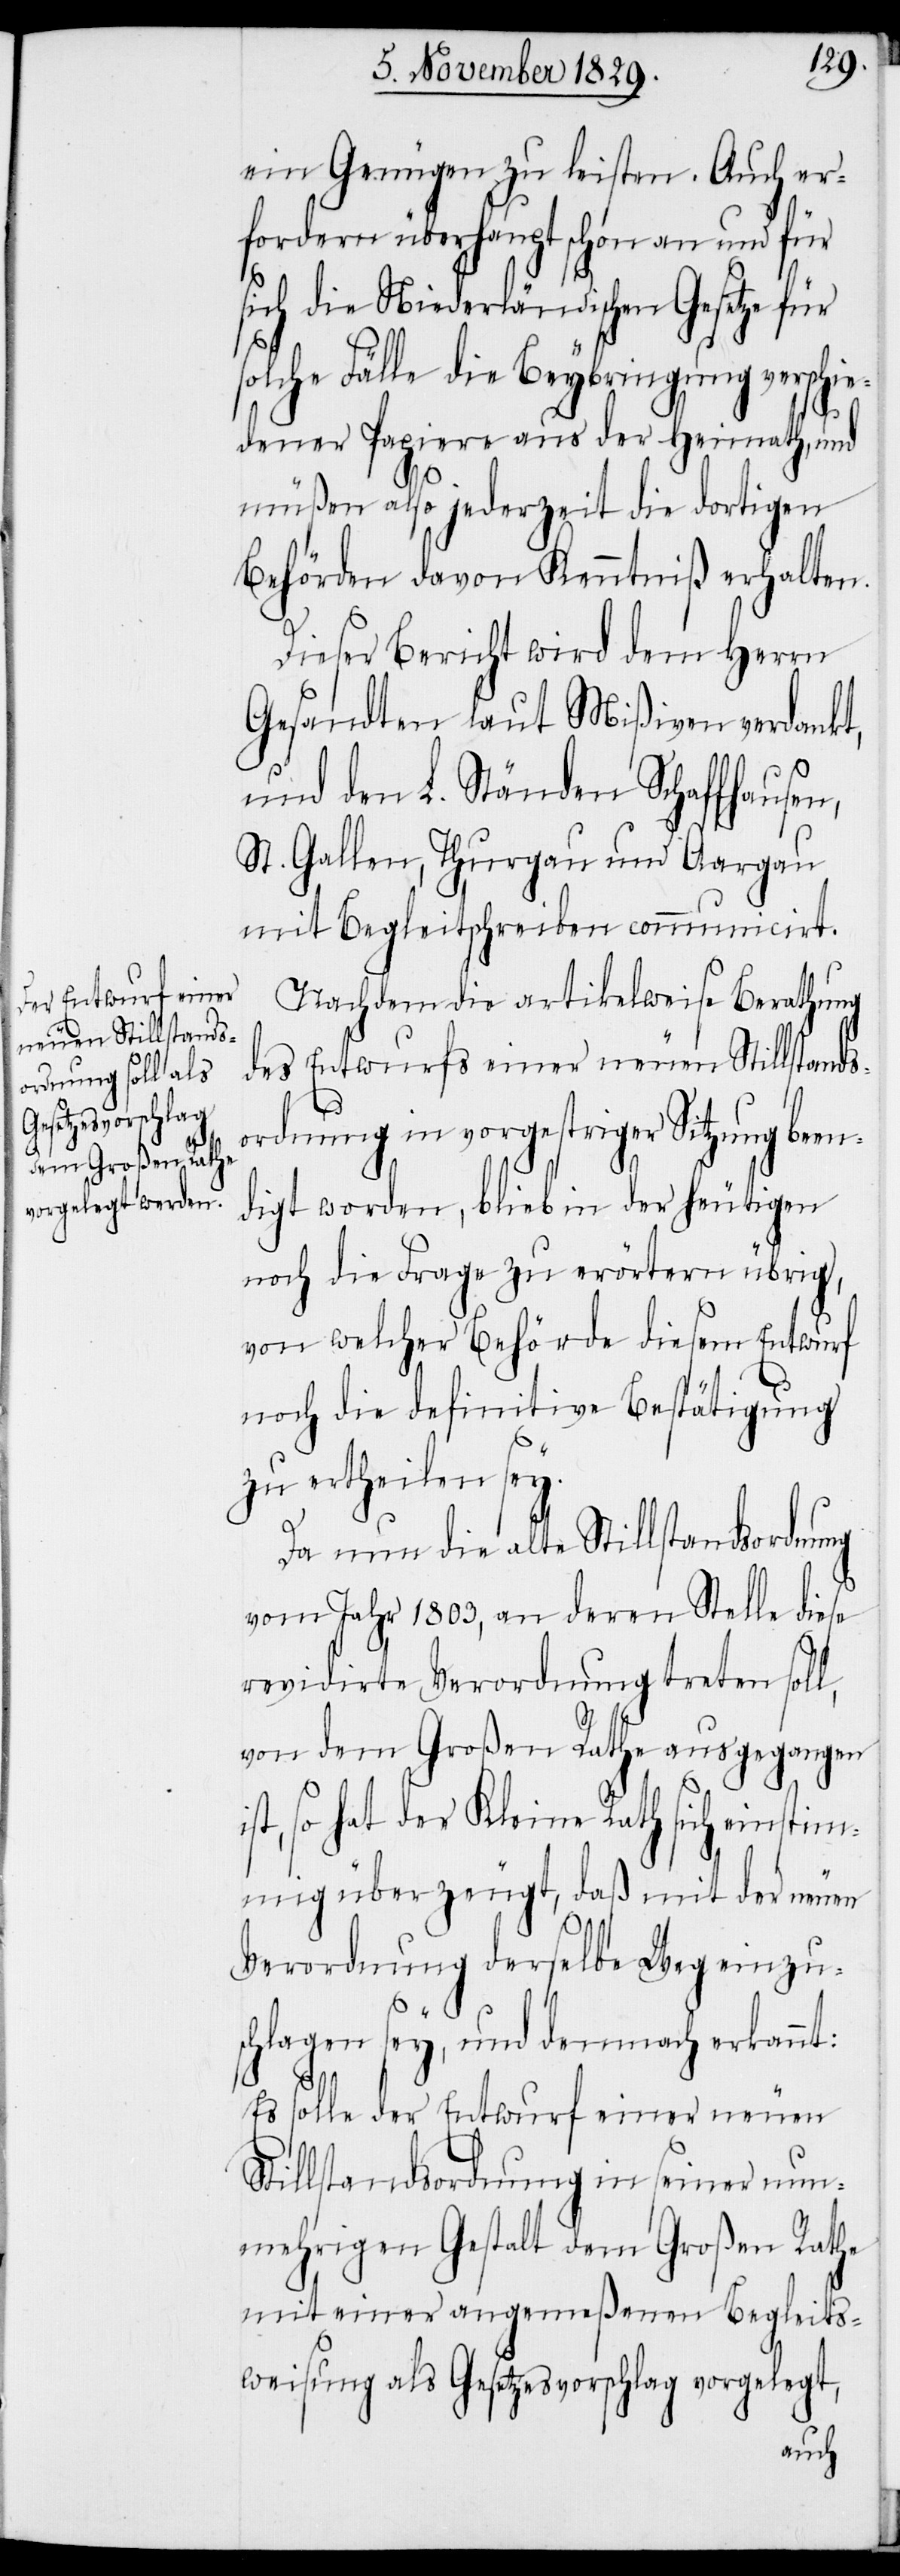
ein Genügen zu leisten. Auch er¬
fordern überhaupt schon an und für
sich die Niederländischen Gesetze für
solche Fälle die Beybringung verschie¬
dener Papiere aus der Heimath, und
müßen also jederzeit die dortigen
Behörden davon Kenntiß erhalten.
Dieser Bericht wird dem Herrn
Gesandten laut Mißiven verdankt,
und den L. Ständen Schaffhausen,
St. Gallen, Thurgau und Argau
mit Begleitschreiben communicirt.
Nachdem die artikelweise Berathung
des Entwurfs einer neuen Stillstands¬
ordnung in vorgestriger Sitzung been¬
digt worden, blieb in der heutigen
noch die Frage zu erörtern übrig,
von welcher Behörde diesem Entwurf
noch die definitive Bestätigung
zu ertheilen sey.
Da nun die alte Stillstandsordnung
vom Jahr 1803, an deren Stelle diese
revidirte Verordnung treten soll,
von dem Großen Rathe ausgegangen
so hat der Kleine Rath sich einstim¬
mig überzeugt, daß mit der neuen
Verordnung derselbe Weg einzus¬
chlagen sey, und demnach erkannt:
Es solle der Entwurf einer neuen
Stillstandsordnung in seiner nun¬
mehrigen Gestalt dem Großen Rathe
mit einer angemeßenen Begleits¬
weisung als Gesetzesvorschlag vorgelegt,